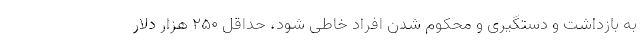
به بازداشت و دستگیری و محکوم شدن افراد خاطی شود، حداقل 250 هزار دلار